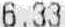
6.33